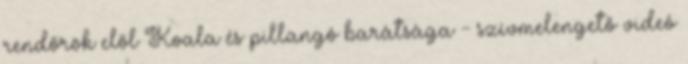
rendőrök elől Koala és pillangó barátsága - szívmelengető videó